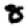
Digit: 8